Annual report on the working of the mental hospitals in the Madras Presidency - 1912-1932
Year: 1912
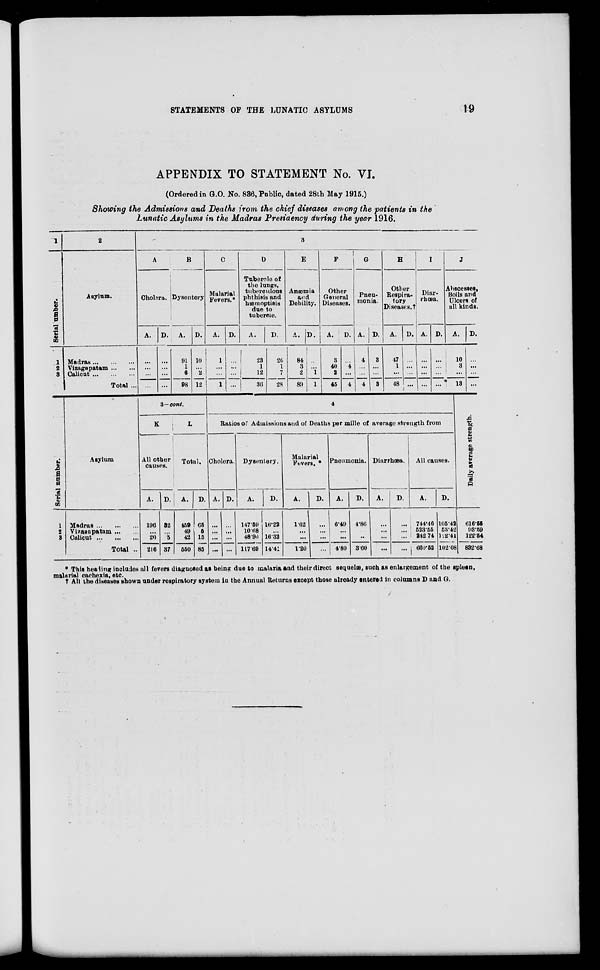
STATEMENTS OF THE LUNATIC ASYLUMS
19
APPENDIX TO STATEMENT No. VI.
(Ordered in G.O. No. 836, Public, dated 28th May 1915.)
Showing the Admissions and Deaths from the chief diseases among the patients in the
Lunatic Asylums in the Madras Presidency during the year 1916.
1
Serial Number.
1
2
3
Serial number.
1
2
3
2
Asylum.
Madras ... ... ...
Vizagapatam ... ...
Calicut ... ... ...
Total ...
Asylum
Madras ... ... ...
Vizagapatam ... ...
Calicut ... ... ...
Total ...
3
A
Cholera.
A.
...
...
...
...
D.
...
...
...
...
B
Dysentery
A.
91
1
6
98
D.
10
...
2
12
3—cont.
K
All other
causes.
A.
196
...
20
216
D.
32
...
5
37
L
Total.
A.
459
49
42
550
D.
65
5
15
85
C
Malarial
Fevers.*
A.
1
...
...
1
D.
...
...
...
...
D
Tubercle of
the lungs,
tuberculous
phthisis and
hæmoptisis
due to
tubercle.
A.
23
1
12
36
D.
20
1
7
28
E
Anæmia
and
Debility.
A.
84
3
2
89
D.
...
...
1
1
F
Other
General
Diseases.
A.
3
40
2
45
D.
...
4
...
4
G
Pneu-
monia.
A.
4
...
...
4
D.
3
...
...
3
H
Other
Respira-
tory
Diseases.†
A.
47
1
...
48
D.
...
...
...
...
I
Diar-
rhœa.
A.
...
...
...
...
D.
...
...
...
...
J
Abscesses,
Boils and
Ulcers of
all kinds.
A.
10
3
...
13
4
Ratios of Admissions and of Deaths per mille of average strength from
Cholera.
A.
...
...
...
...
D.
...
...
...
...
Dysentery.
A.
147.59
10.68
48.96
117.69
D.
16.22
...
16.32
14.41
Malarial
Fevers.*
A.
1.62
...
...
1.20
D.
...
...
...
...
Pneumonia.
A.
6.49
...
...
4.80
D.
4.86
...
...
3.60
Diarrhœa.
A.
...
...
...
...
D.
...
...
...
...
All causes.
A.
744.46
523.55
242.74
660.52
D.
105.42
53.42
122.41
102.08
D.
...
...
...
...
Daily average strength.
616.55
93.59
122.54
832.68
* This heading includes all fevers diagnosed as being due to malaria and their direct sequelæ, such as enlargement of the spleen,
malarial cachexia, etc.
† All the diseases shown under respiratory system in the Annual Returns except those already entered in columns D and G.